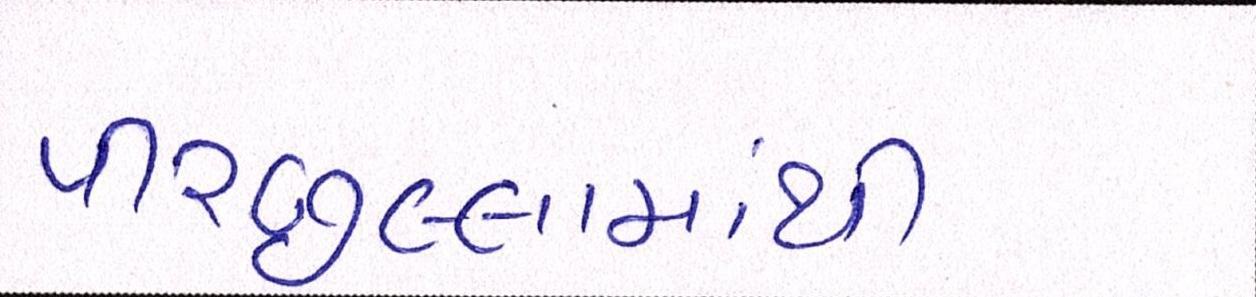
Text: પીરછલ્લામાંથી